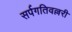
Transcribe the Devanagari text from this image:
सर्पगतिवल्लरी